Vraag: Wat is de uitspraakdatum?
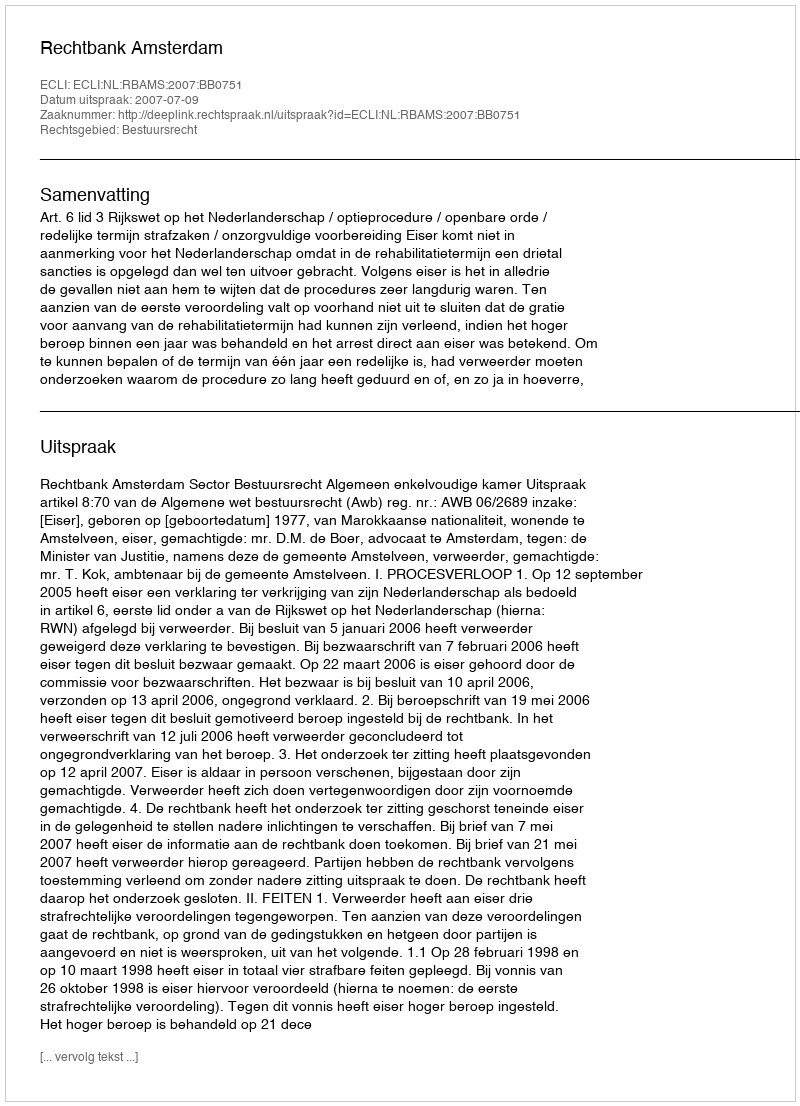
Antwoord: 2007-07-09